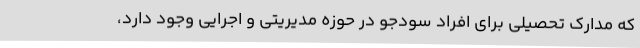
که مدارک تحصیلی برای افراد سودجو در حوزه مدیریتی و اجرایی وجود دارد،